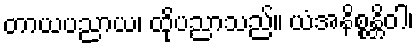
တာယပညာယ၊ ထိုပညာသည်။ ယံအနိစ္စန္တိဝါ၊